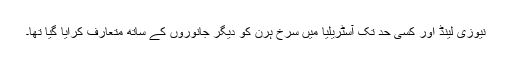
نیوزی لینڈ اور کسی حد تک آسٹریلیا میں سرخ ہرن کو دیگر جانوروں کے ساتھ متعارف کرایا گیا تھا۔